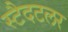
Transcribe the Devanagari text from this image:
स्टैदटलर